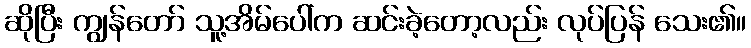
ဆိုပြီး ကျွန်တော် သူ့အိမ်ပေါ်က ဆင်းခဲ့တော့လည်း လုပ်ပြန် သေး၏။